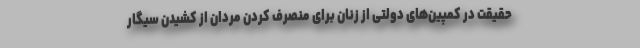
حقیقت در کمپین‌های دولتی از زنان برای منصرف کردن مردان از کشیدن سیگار